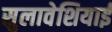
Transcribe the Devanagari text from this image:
सुलावेशियाई